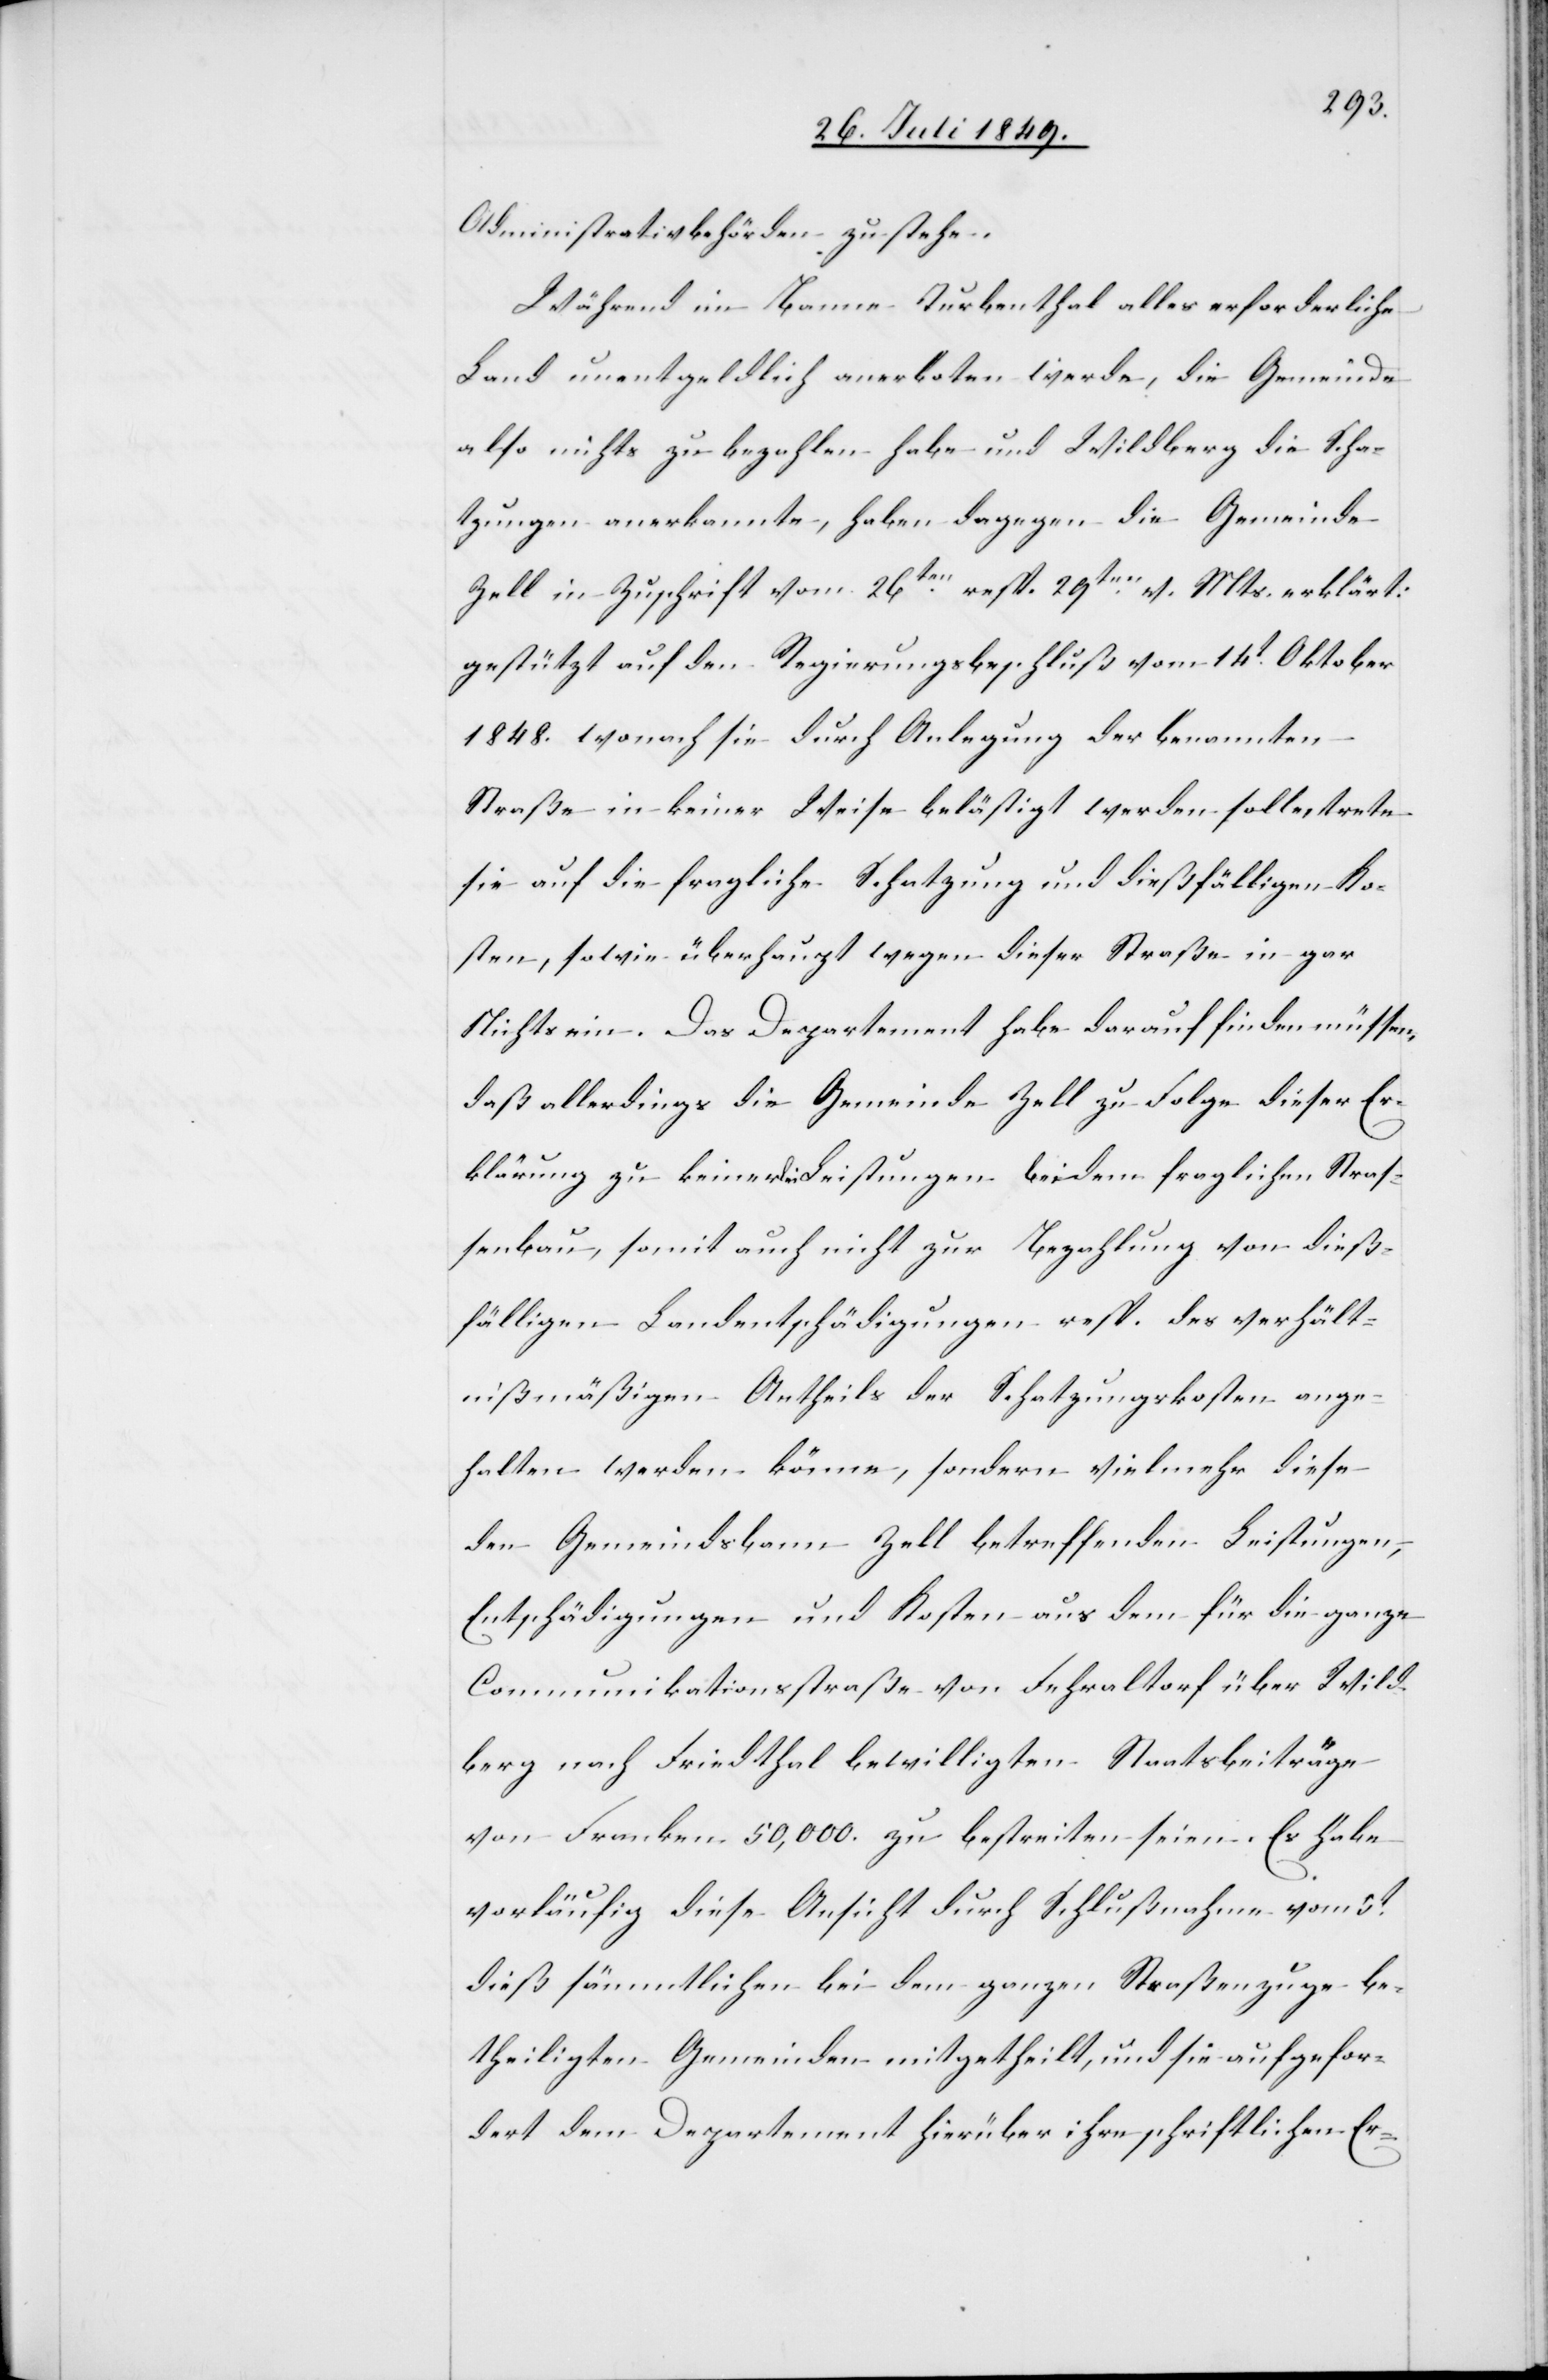
Administrativbehörden zustehe.
Während im Banne Turbenthal alles erforderliche
Land unentgeldlich anerboten werde, die Gemeinde
also nichts zu bezahlen habe und Wildberg die Scha¬
tzungen anerkannte, haben dagegen die Gemeinde
Zelle in Zuschrift vom 26ten resp. 29ten v. Mts. erklärt:
gestützt auf den Regierungsbeschluß vom 14t Oktober
1848. wonach sie durch Anlegung der benannten
Straße in keiner Weise belästigt werden solle, trete
sie auf die fragliche Schatzung und dießfälligen Ko¬
sten, sowie überhaupt wegen dieser Straße in gar
Nichts ein. Das Departement habe darauf finden müssen,
daß allerdings die Gemeinde Zell zu Folge dieser Er¬
klärung zu keinerlei Leistungen bei dem fraglichen Stras¬
senbau, somit auch nicht zur Bezahlung von dieß¬
fälligen Landentschädigungen resp. des verhält¬
nißmäßigen Antheils der Schatzungskosten ange¬
halten werden könne, sondern vielmehr diese
den Gemeindsbann Zell betreffenden Leistungen,
Entschädigungen und Kosten aus dem für die ganze
Communikationsstraße von Fehraltorf über Wild¬
berg nach Friedthal bewilligten Staatsbeiträge
von Franken 50,000. zu bestreiten seien. Es habe
vorläufig diese Ansicht durch Schlußnahme vom 5t
dieß sämmtlichen bei dem ganzen Straßenzuge be¬
theiligten Gemeinden mitgetheilt, und sie aufgefor¬
dert dem Departement hierüber ihre schriftlichen Er-